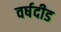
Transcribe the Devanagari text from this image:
वर्षदीड